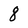
Character: 8